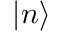
{ \left| { n } \right\rangle }